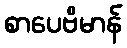
စာပေဗိမာန်